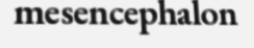
mesencephalon